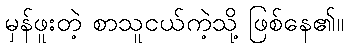
မှန်ဖူးတဲ့ စာသူငယ်ကဲ့သို့ ဖြစ်နေ၏။